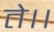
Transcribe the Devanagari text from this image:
ते।।